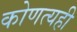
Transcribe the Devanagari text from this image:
कोणत्यही